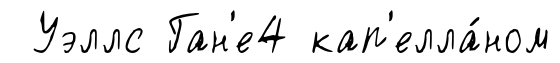
Уэллс Ган'е4 кап'елла́ном